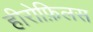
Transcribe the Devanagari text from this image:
हीरोफ़िलस